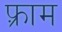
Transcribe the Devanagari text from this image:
फ़्राम